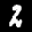
Label: 2